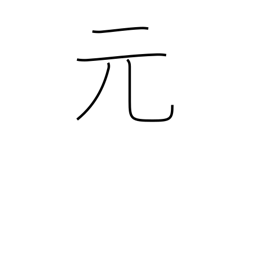
Meaning: former time